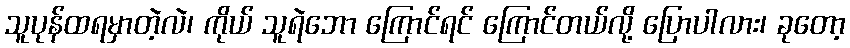
သူပုန်ထရမှာတဲ့လဲ၊ ကိုယ် သူရဲဘော ကြောင်ရင် ကြောင်တယ်လို့ ပြောပါလား၊ ခုတော့